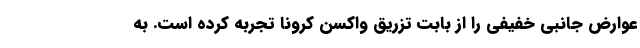
عوارض جانبی خفیفی را از بابت تزریق واکسن کرونا تجربه کرده است. به